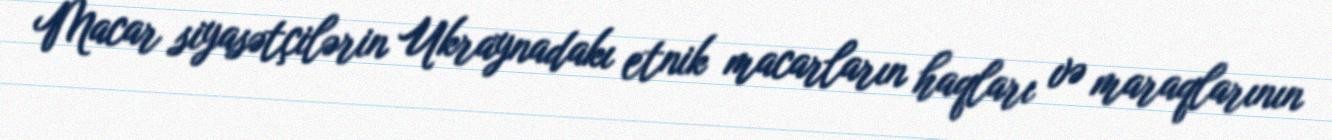
Macar siyasətçilərin Ukraynadakı etnik macarların haqları və maraqlarının